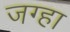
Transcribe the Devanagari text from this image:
जग्हा